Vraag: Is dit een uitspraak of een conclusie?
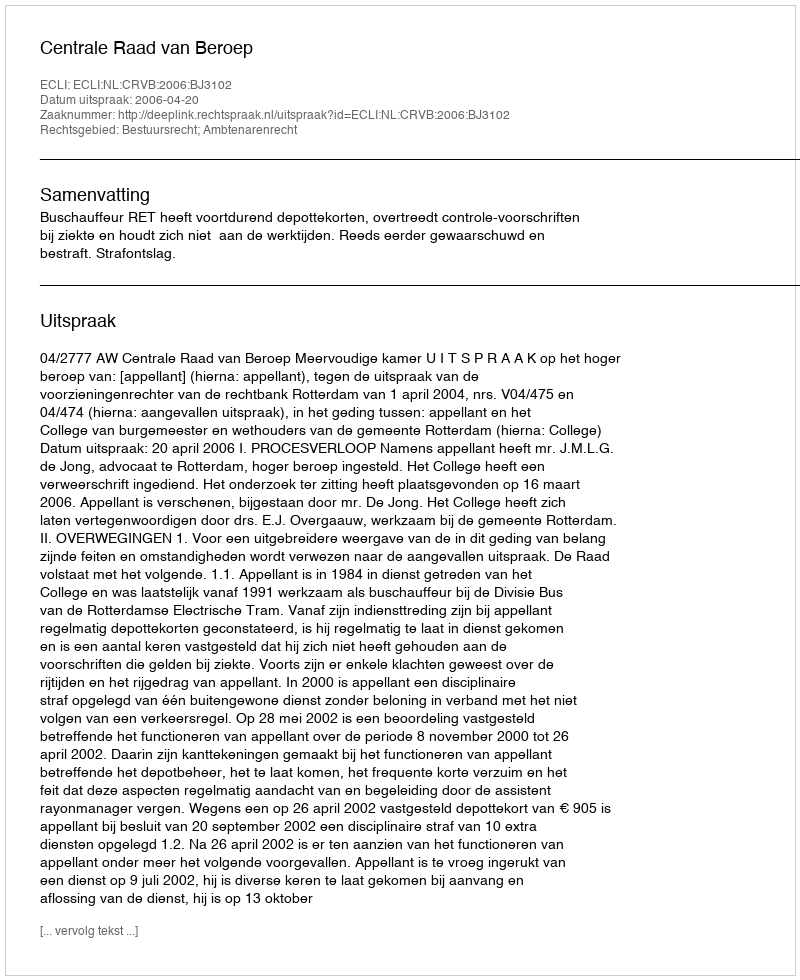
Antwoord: Uitspraak